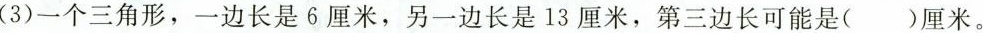
(3)一个三角形，一边长是6厘米，另一边长是13厘米，第三边长可能是( )厘米。